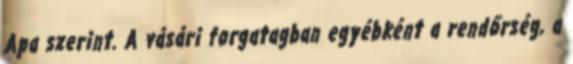
Apa szerint. A vásári forgatagban egyébként a rendőrség, a